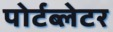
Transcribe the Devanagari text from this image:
पोर्टब्लेटर